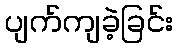
ပျက်ကျခဲ့ခြင်း